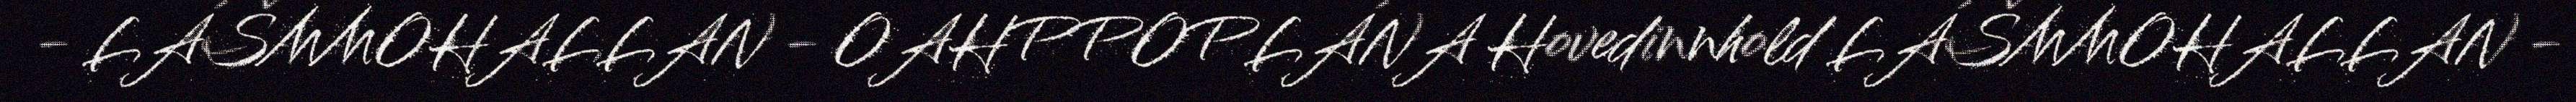
- LÁŠMMOHALLAN - OAHPPOPLÁNA Hovedinnhold LÁŠMMOHALLAN -